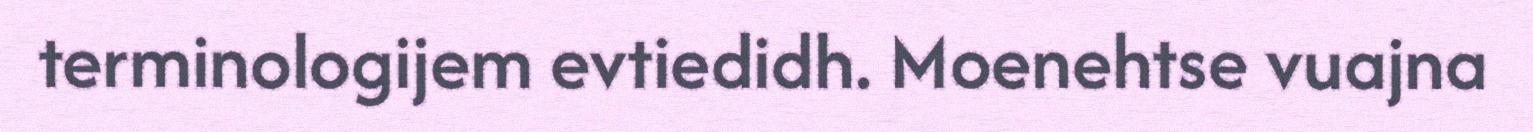
terminologijem evtiedidh. Moenehtse vuajna